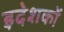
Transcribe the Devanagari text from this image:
इदेशकों